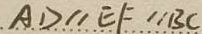
A D / / E F / / B C